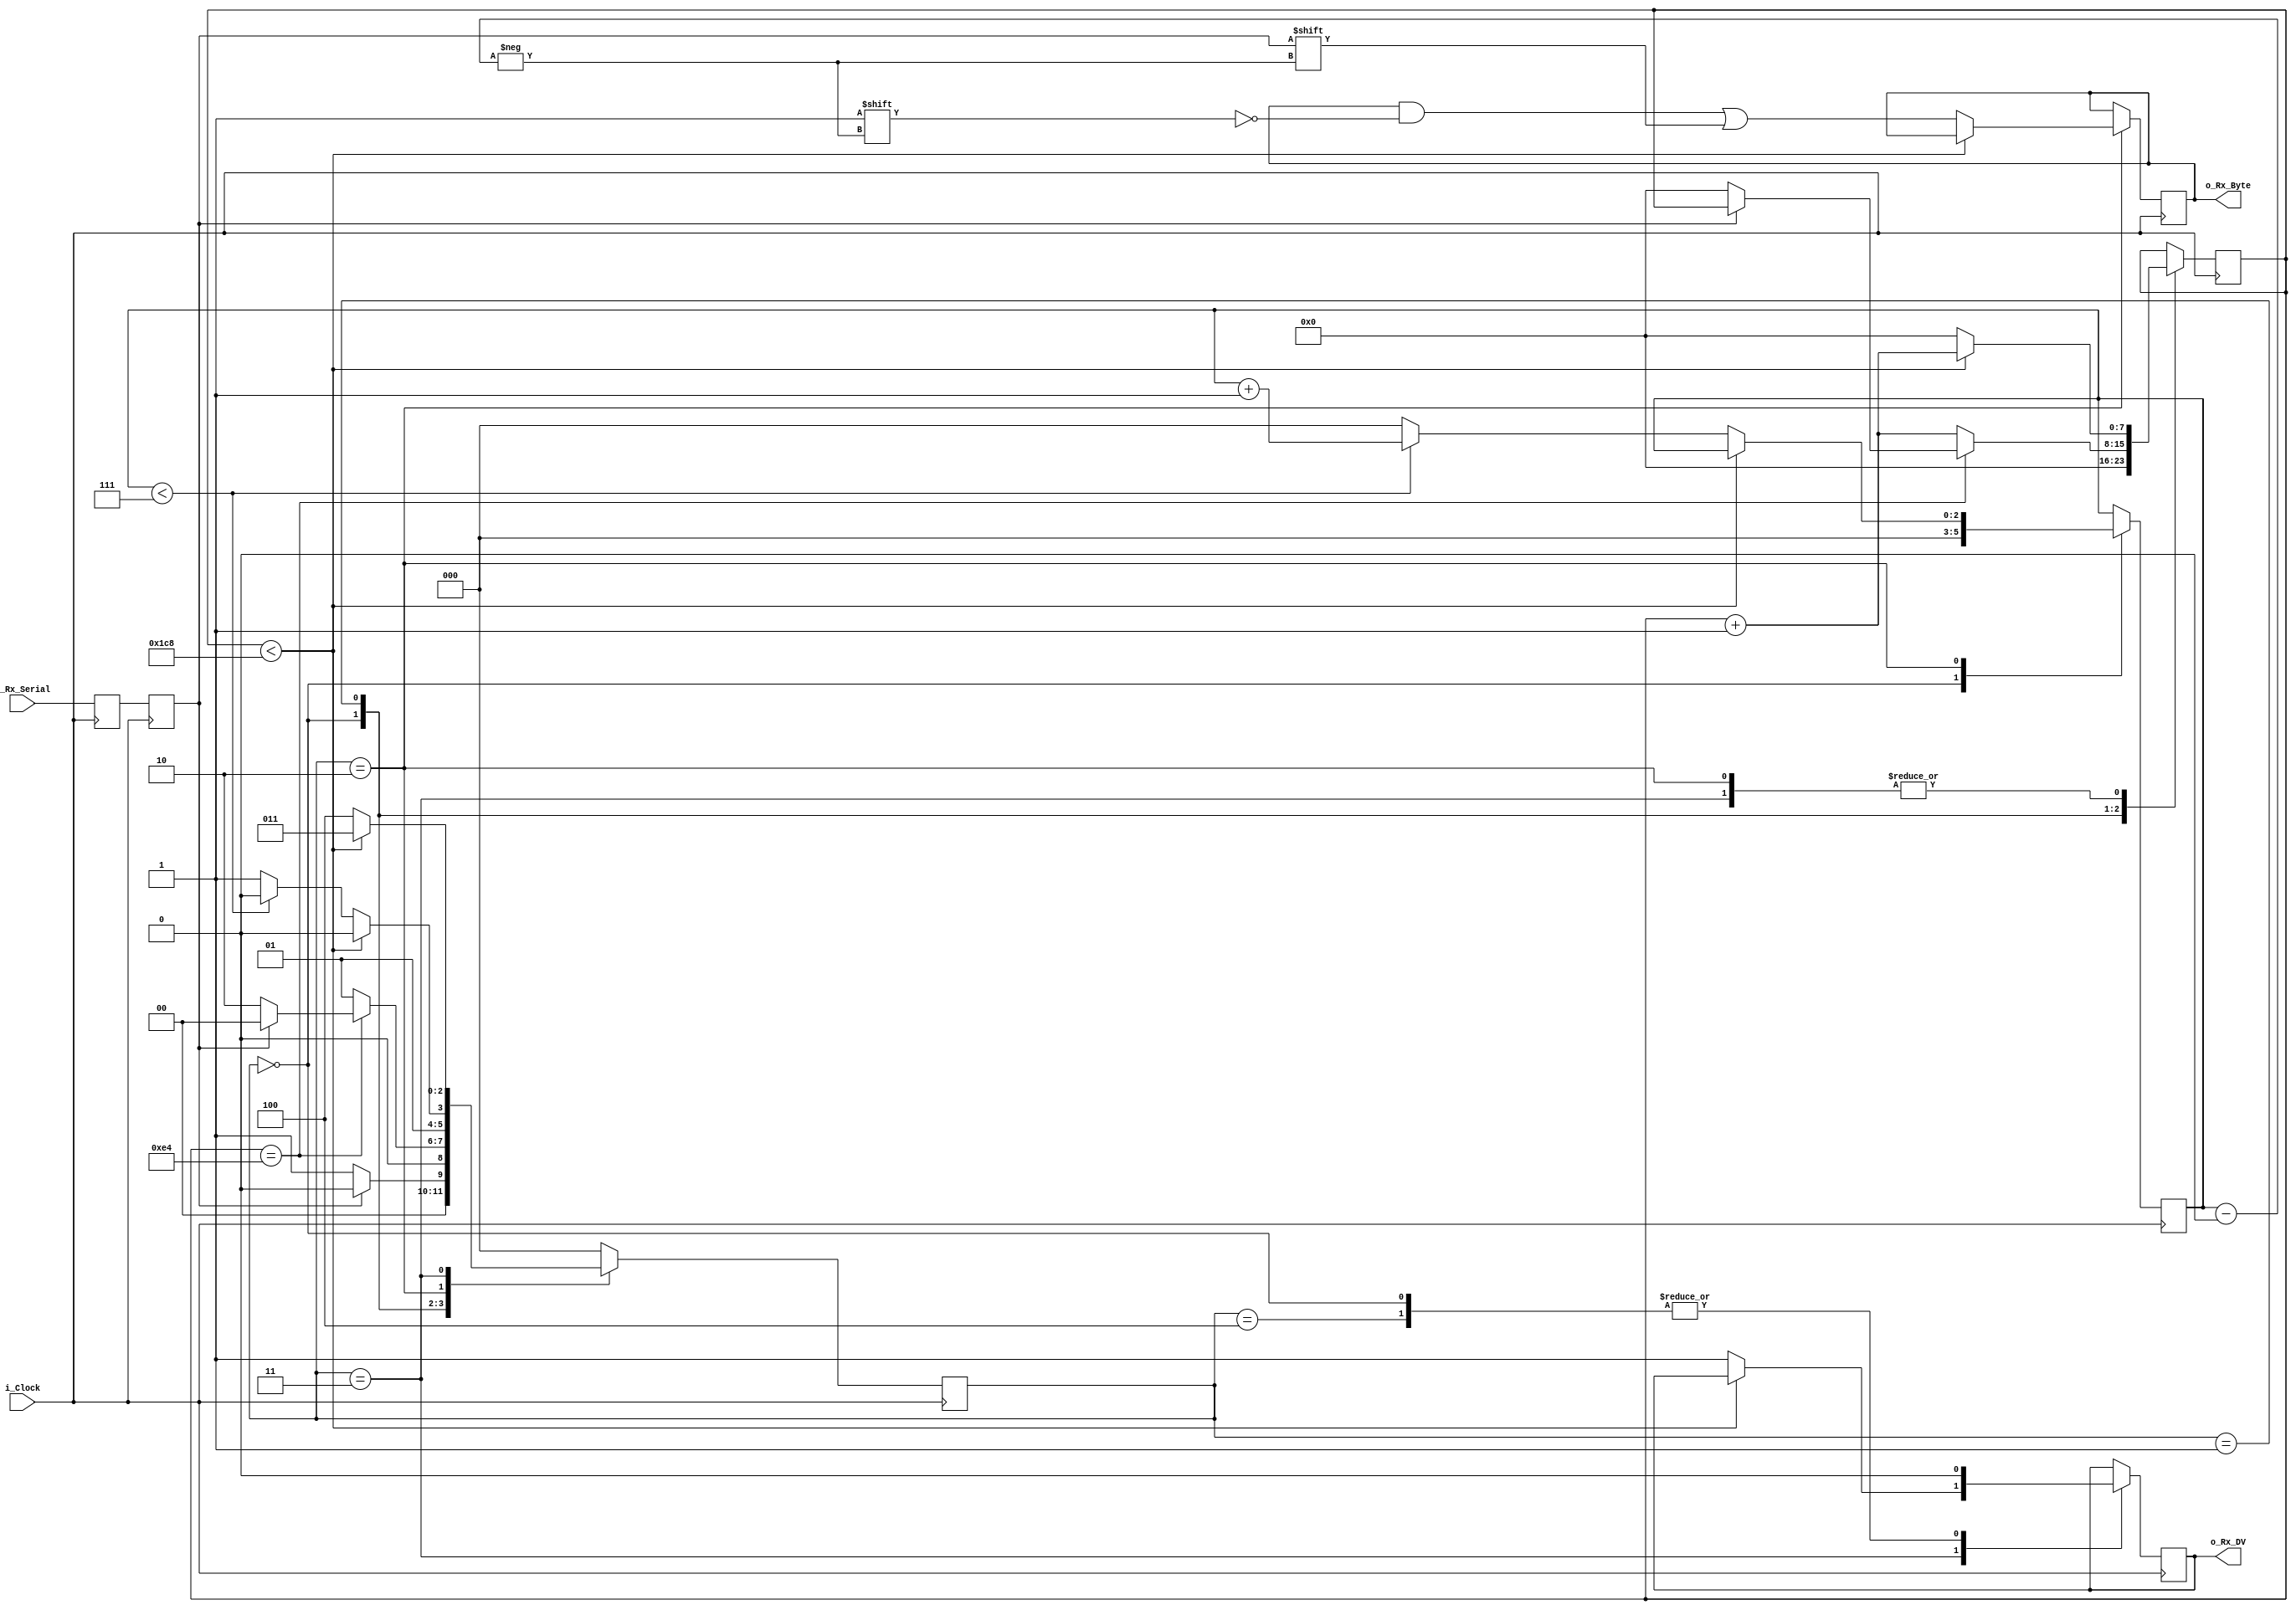
//////////////////////////////////////////////////////////////////////
// O codigo no arquivo atual no  de produo prpria
// A arquivo foi utilizado na soluo do problema com algumas alteraes e no deve contar como
// Material de avaliao
// Arquivo baixado em http://www.nandland.com
//////////////////////////////////////////////////////////////////////
// This file contains the UART Receiver.  This receiver is able to
// receive 8 bits of serial data, one start bit, one stop bit,
// and no parity bit.  When receive is complete o_rx_dv will be
// driven high for one clock cycle.
// 
// Set Parameter CLKS_PER_BIT as follows:
// CLKS_PER_BIT = (Frequency of i_Clock)/(Frequency of UART)
// Example: 50 MHz Clock, 115200 baud UART
// (50000000)/(115200) = 457
  
module uart_rx 
  #(parameter CLKS_PER_BIT =457)
  (
   input        i_Clock,
   input        i_Rx_Serial,
   output       o_Rx_DV,
   output [7:0] o_Rx_Byte
   );
    
  parameter s_IDLE         = 3'b000;
  parameter s_RX_START_BIT = 3'b001;
  parameter s_RX_DATA_BITS = 3'b010;
  parameter s_RX_STOP_BIT  = 3'b011;
  parameter s_CLEANUP      = 3'b100;
   
  reg           r_Rx_Data_R = 1'b1;
  reg           r_Rx_Data   = 1'b1;
   
  reg [7:0]     r_Clock_Count = 0;
  reg [2:0]     r_Bit_Index   = 0; //8 bits total
  reg [7:0]     r_Rx_Byte     = 0;
  reg           r_Rx_DV       = 0;
  reg [2:0]     r_SM_Main     = 0;
   
  // Purpose: Double-register the incoming data.
  // This allows it to be used in the UART RX Clock Domain.
  // (It removes problems caused by metastability)
  always @(posedge i_Clock)
    begin
      r_Rx_Data_R <= i_Rx_Serial;
      r_Rx_Data   <= r_Rx_Data_R;
    end
   
   
  // Purpose: Control RX state machine
  always @(posedge i_Clock)
    begin
       
      case (r_SM_Main)
        s_IDLE :
          begin
            r_Rx_DV       <= 1'b0;
            r_Clock_Count <= 0;
            r_Bit_Index   <= 0;
             
            if (r_Rx_Data == 1'b0)          // Start bit detected
              r_SM_Main <= s_RX_START_BIT;
            else
              r_SM_Main <= s_IDLE;
          end
         
        // Check middle of start bit to make sure it's still low
        s_RX_START_BIT :
          begin
            if (r_Clock_Count == (CLKS_PER_BIT-1)/2)
              begin
                if (r_Rx_Data == 1'b0)
                  begin
                    r_Clock_Count <= 0;  // reset counter, found the middle
                    r_SM_Main     <= s_RX_DATA_BITS;
                  end
                else
                  r_SM_Main <= s_IDLE;
              end
            else
              begin
                r_Clock_Count <= r_Clock_Count + 1;
                r_SM_Main     <= s_RX_START_BIT;
              end
          end // case: s_RX_START_BIT
         
         
        // Wait CLKS_PER_BIT-1 clock cycles to sample serial data
        s_RX_DATA_BITS :
          begin
            if (r_Clock_Count < CLKS_PER_BIT-1)
              begin
                r_Clock_Count <= r_Clock_Count + 1;
                r_SM_Main     <= s_RX_DATA_BITS;
              end
            else
              begin
                r_Clock_Count          <= 0;
                r_Rx_Byte[r_Bit_Index] <= r_Rx_Data;
                 
                // Check if we have received all bits
                if (r_Bit_Index < 7)
                  begin
                    r_Bit_Index <= r_Bit_Index + 1;
                    r_SM_Main   <= s_RX_DATA_BITS;
                  end
                else
                  begin
                    r_Bit_Index <= 0;
                    r_SM_Main   <= s_RX_STOP_BIT;
                  end
              end
          end // case: s_RX_DATA_BITS
     
     
        // Receive Stop bit.  Stop bit = 1
        s_RX_STOP_BIT :
          begin
            // Wait CLKS_PER_BIT-1 clock cycles for Stop bit to finish
            if (r_Clock_Count < CLKS_PER_BIT-1)
              begin
                r_Clock_Count <= r_Clock_Count + 1;
                r_SM_Main     <= s_RX_STOP_BIT;
              end
            else
              begin
                r_Rx_DV       <= 1'b1;
                r_Clock_Count <= 0;
                r_SM_Main     <= s_CLEANUP;
              end
          end // case: s_RX_STOP_BIT
     
         
        // Stay here 1 clock
        s_CLEANUP :
          begin
            r_SM_Main <= s_IDLE;
            r_Rx_DV   <= 1'b0;
          end
         
         
        default :
          r_SM_Main <= s_IDLE;
         
      endcase
    end   
   
  assign o_Rx_DV   = r_Rx_DV;
  assign o_Rx_Byte = r_Rx_Byte;
   
endmodule // uart_rx